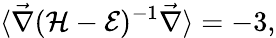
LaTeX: \langle\vec{\nabla}(\mathcal{H}-\mathcal{E})^{-1}\vec{\nabla}\rangle=-3,